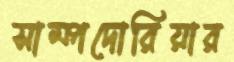
সাম্পদোরিয়ার